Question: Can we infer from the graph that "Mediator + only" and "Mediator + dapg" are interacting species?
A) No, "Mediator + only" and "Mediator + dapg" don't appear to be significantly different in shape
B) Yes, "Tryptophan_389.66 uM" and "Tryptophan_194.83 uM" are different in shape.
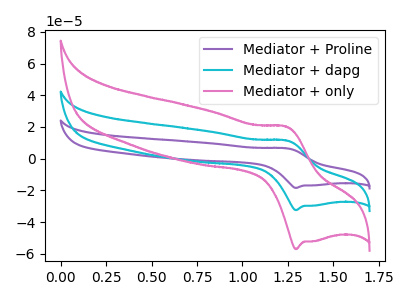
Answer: <think>The purple curve "Mediator + Proline" has an anodic peak at (1.25V, 22.90uA) and a cathodic peak at (1.30V, -64.95uA). The cyan curve "Mediator + dapg" has an anodic peak at (1.25V, 11.45uA) and a cathodic peak at (1.30V, -32.50uA). The pink curve "Mediator + only" has an anodic peak at (1.25V, 20.15uA) and a cathodic peak at (1.30V, -57.10uA).
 All the peaks in "Mediator + only" have a peak in "Mediator + dapg" at the same potential. Every peak in "Mediator + only" is higher than every peak in "Mediator + dapg".</think>
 <answer>A) No, "Mediator + only" and "Mediator + dapg" don't appear to be significantly different in shape</answer>
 <eval>A</eval>